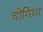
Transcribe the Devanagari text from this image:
चोंग्छिंग